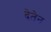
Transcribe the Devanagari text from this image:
देतेन